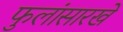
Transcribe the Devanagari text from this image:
फुलांसारखे